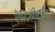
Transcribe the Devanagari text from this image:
लैटिनीकृत